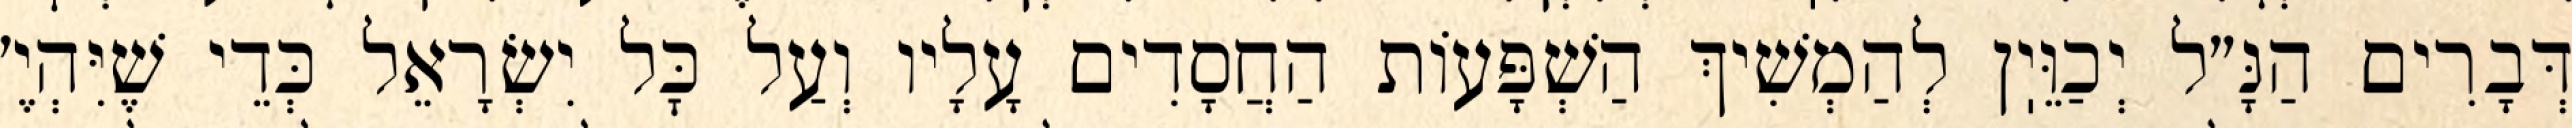
דְּבָרִים הַנָּ״ל יְכַוֵּיֽן לְהַמְשִׁיךְ הַשְׁפָּעוֹת הַחֲסָדִים עָלָיו וְעַל כׇּל יִשְׂרָאֵל כְּדֵי שֶׁיִּהְיֶ׳